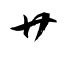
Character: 廾